Report on vaccination in Madras 1895-1903 - 1895-1903
Year: 1895
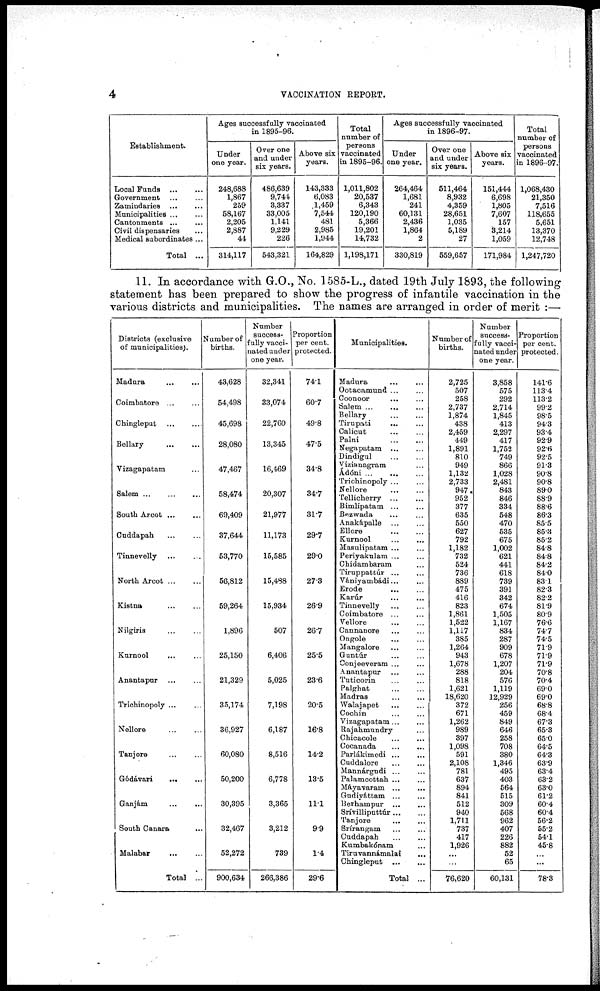
4
VACCINATION REPORT.
Establishment.
Local Funds... ...
Government... ...
Zamindaries... ...
Municipalities...
...
Cantonments... ...
Civil dispensaries... ...
Medical subordinates...
Total ...
Ages successfully vaccinated
in 1895-96.
Under
one year.
248,688
1,867
259
58,167
2,205
2,887
44
314,117
Over one
and under
six years.
486,639
9,744
3,337
33,005
1,141
9,229
226
543,321
Above six
years.
143,333
6,083
1,459
7,544
481
2,985
1,944
164,829
Total
number of
persons
vaccinated
in 1895-96.
1,011,802
20,537
6,343
120,190
5,366
19,201
14,732
1,198,171
Ages successfully vaccinated
in 1896-97.
Under
one year.
264,464
1,681
241
60,131
2,436
1,864
2
330,819
Over one
and under
six years.
511,464
8,932
4,359
28,651
1,035
5,189
27
559,657
Above six
years.
151,444
6,698
1,805
7,607
157
3,214
1,059
171,984
Total
number of
persons
vaccinated
in 1896-97.
1,068,430
21,350
7,516
118,655
5,651
13,370
12,748
1,247,720
11. In accordance with G.O., No. 1585-L., dated 19th July 1893, the following
statement has been prepared to show the progress of infantile vaccination in the
various districts and municipalities. The names are arranged in order of merit :—
Districts (exclusive
of municipalities).
Madura...
...
Coimbatore...
...
Chingleput...
...
Bellary...
...
Vizagapatam...
Salem... ... ...
South
Arcot...
...
Cuddapah... ...
Tinnevelly... ...
North
Arcot...
...
Kistna...
...
Nilgiris... ...
Kurnool... ...
Anantapur... ...
Trichinopoly... ...
Nellore...
...
Tanjore...
...
Gódávari...
...
Ganjám...
...
South Canara... ...
Malabar... ...
Total ...
Number of
births.
43,628
54,498
45,698
28,080
47,467
58,474
69,409
37,644
53,770
56,812
59,264
1,896
25,150
21,329
35,174
36,927
60,080
50,200
30,395
32,467
52,272
900,634
Number
success¬
fully vacci¬
nated under
one year.
32,341
33,074
22,760
13,345
16,469
20,307
21,977
11,173
15,585
15,488
15,934
507
6,406
5,025
7,198
6,187
8,516
6,778
3,365
3,212
739
266,386
Proportion
per cent.
protected.
74.1
60.7
49.8
47.5
34.8
34.7
31.7
29.7
29.0
27.3
26.9
26.7
25.5
23.6
20.5
16.8
14.2
13.5
11.1
9.9
1.4
29.6
Municipalities.
Madura...
...
Ootacamund ... ...
Coonoor... ...
Salem... ... ...
Bellary...
...
Tirupati...
...
Calicut... ...
Palni...
...
Negapatam...
...
Dindigul...
...
Vizianagram...
Ádóni...
...
...
Trichinopoly ...
Nellore...
...
Tellicherry... ...
Bimlipatam... ...
Bezwada...
...
Anakápalle... ...
Ellore...
...
Kurnool...
...
Masulipatam... ...
Periyakulam... ...
Chidambaram ...
Tiruppattúr...
...
Vaniyambádi... ...
Erode...
...
Karúr... ...
Tinnevelly... ...
Coimbatore... ...
Vellore...
...
Cannanore... ...
Ongole... ...
Mangalore... ...
Guntúr... ...
Conjeeveram... ...
Anantapur... ...
Tuticorin... ...
Palghat...
...
Madras... ...
Walajapet...
...
Cochin...
...
Vizagapatam... ...
Rajahmundry ...
Chicacole...
...
Cocanada... ...
Parlákimedi... ...
Cuddalore...
...
Mannárgudi... ...
Palamcottah... ...
Máyavaram... ...
Gudiyáttam... ...
Berhampur... ...
Srívillipnttúr ... ...
Tanjore...
...
Srírangam... ...
Cuddapah...
...
Kumbakónam... ...
Tiruvannámalai...
Chingleput...
...
Total ...
Number of
births.
2,725
507
258
2,737
1,874
438
2,459
449
1,891
810
949
1,132
2,733
947
952
377
635
550
627
792
1,182
732
524
736
889
475
416
823
1,861
1,522
1,117
385
1,264
943
1,678
288
818
1,621
18,620
372
671
1,262
989
397
1,098
591
2,108
781
637
894
841
512
940
1,711
737
417
1,926
...
...
76,620
Number
success-
fully vacci-
nated under
one year.
3,858
575
292
2,714
1,845
413
2,297
417
1,752
749
866
1,028
2,481
843
846
334
548
470
535
675
1,002
621
441
618
739
391
342
674
1,505
1,167
834
287
909
678
1,207
204
576
1,119
12,929
256
459
849
646
258
708
380
1,346
495
403
564
515
309
568
962
407
226
882
52
65
60,131
Proportion
per cent.
protected.
141.6
113.4
113.2
99.2
98.5
94.3
93.4
92.9
92.6
92.5
91.3
90.8
90.8
89.0
88.9
88.6
86.3
85.5
85.3
85.2
84.8
84.8
84.2
84.0
83.1
82.3
82.2
81.9
80.9
76.6
74.7
74.5
71.9
71.9
71.9
70.8
70.4
69.0
69.0
68.8
68.4
67.3
65.3
65.0
64.5
64.3
63.9
63.4
63.2
63.0
61.2
60.4
60.4
56.2
55.2
54.1
45.8
...
...
78.3